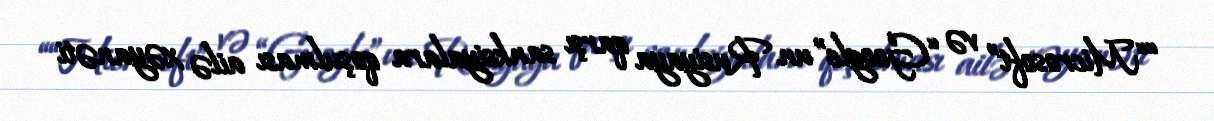
““Microsoft” və “Google”un Rusiyaya qarşı sanksiyalara qoşulması ailə xəyanəti